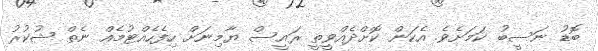
ބޮޑު ނަސީބު ކަމަށެވެ. އެކަން ކޮށްދެއްވީތީ ރައީސް ޔާމިނަށް ހިފެހެއްޓުމެއް ނެތް ޝުކުރު